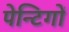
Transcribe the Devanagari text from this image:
पेन्टिगों